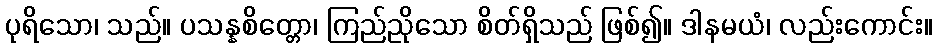
ပုရိသော၊ သည်။ ပသန္နစိတ္တော၊ ကြည်ညိုသော စိတ်ရှိသည် ဖြစ်၍။ ဒါနမယံ၊ လည်းကောင်း။